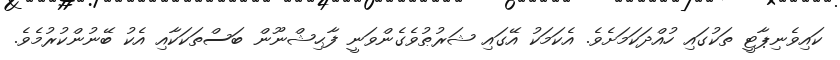
ކައިވެނިޕާޓީ ތަކުގައި ހުއްދަކަމަށެވެ. އެކަމަކު އޭގައި ޝަރުޠުވެގެންވަނީ ފާޙިޝްނޫން ބަސްތަކަކާއި އެކު ބޭނުންކުރުމެވެ.